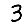
Digit: 3